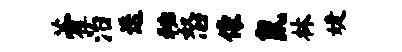
藿治迭秘怒像鼠林婕